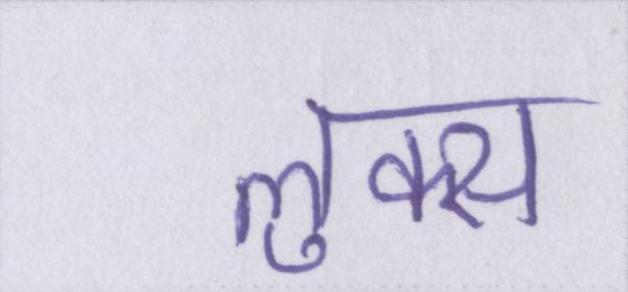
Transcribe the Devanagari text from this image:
लुक्स